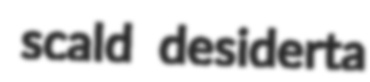
scald desiderta